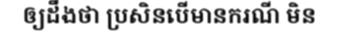
ឲ្យដឹងថា ប្រសិនបើមានករណី មិន